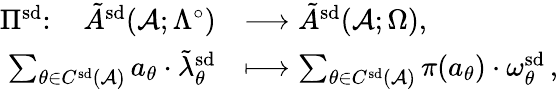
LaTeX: \begin{array}{rl}{\Pi^{\smash{\mathrm{sd}}}\colon\quad\tilde{A}^{\smash{\mathrm{sd}}}(\mathcal{A};\Lambda^{\circ})}&{\longrightarrow\tilde{A}^{\smash{\mathrm{sd}}}(\mathcal{A};\Omega),}\\ {\sum_{\theta\in C^{\smash{\mathrm{sd}}}(\mathcal{A})\vphantom{^0}}a_{\theta}\cdot\tilde{\lambda}_{\theta}^{\smash{\mathrm{sd}}}}&{\longmapsto\sum_{\theta\in C^{\smash{\mathrm{sd}}}(\mathcal{A})\vphantom{^0}}\pi(a_{\theta})\cdot\omega_{\theta}^{\smash{\mathrm{sd}}}\, ,}\end{array}